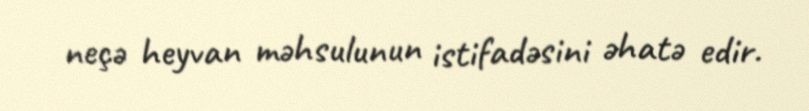
neçə heyvan məhsulunun istifadəsini əhatə edir.